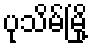
ပုသိမ်မြို့